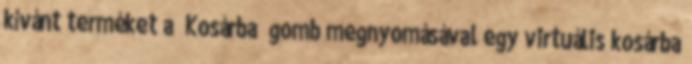
kívánt terméket a „Kosárba” gomb megnyomásával egy virtuális kosárba